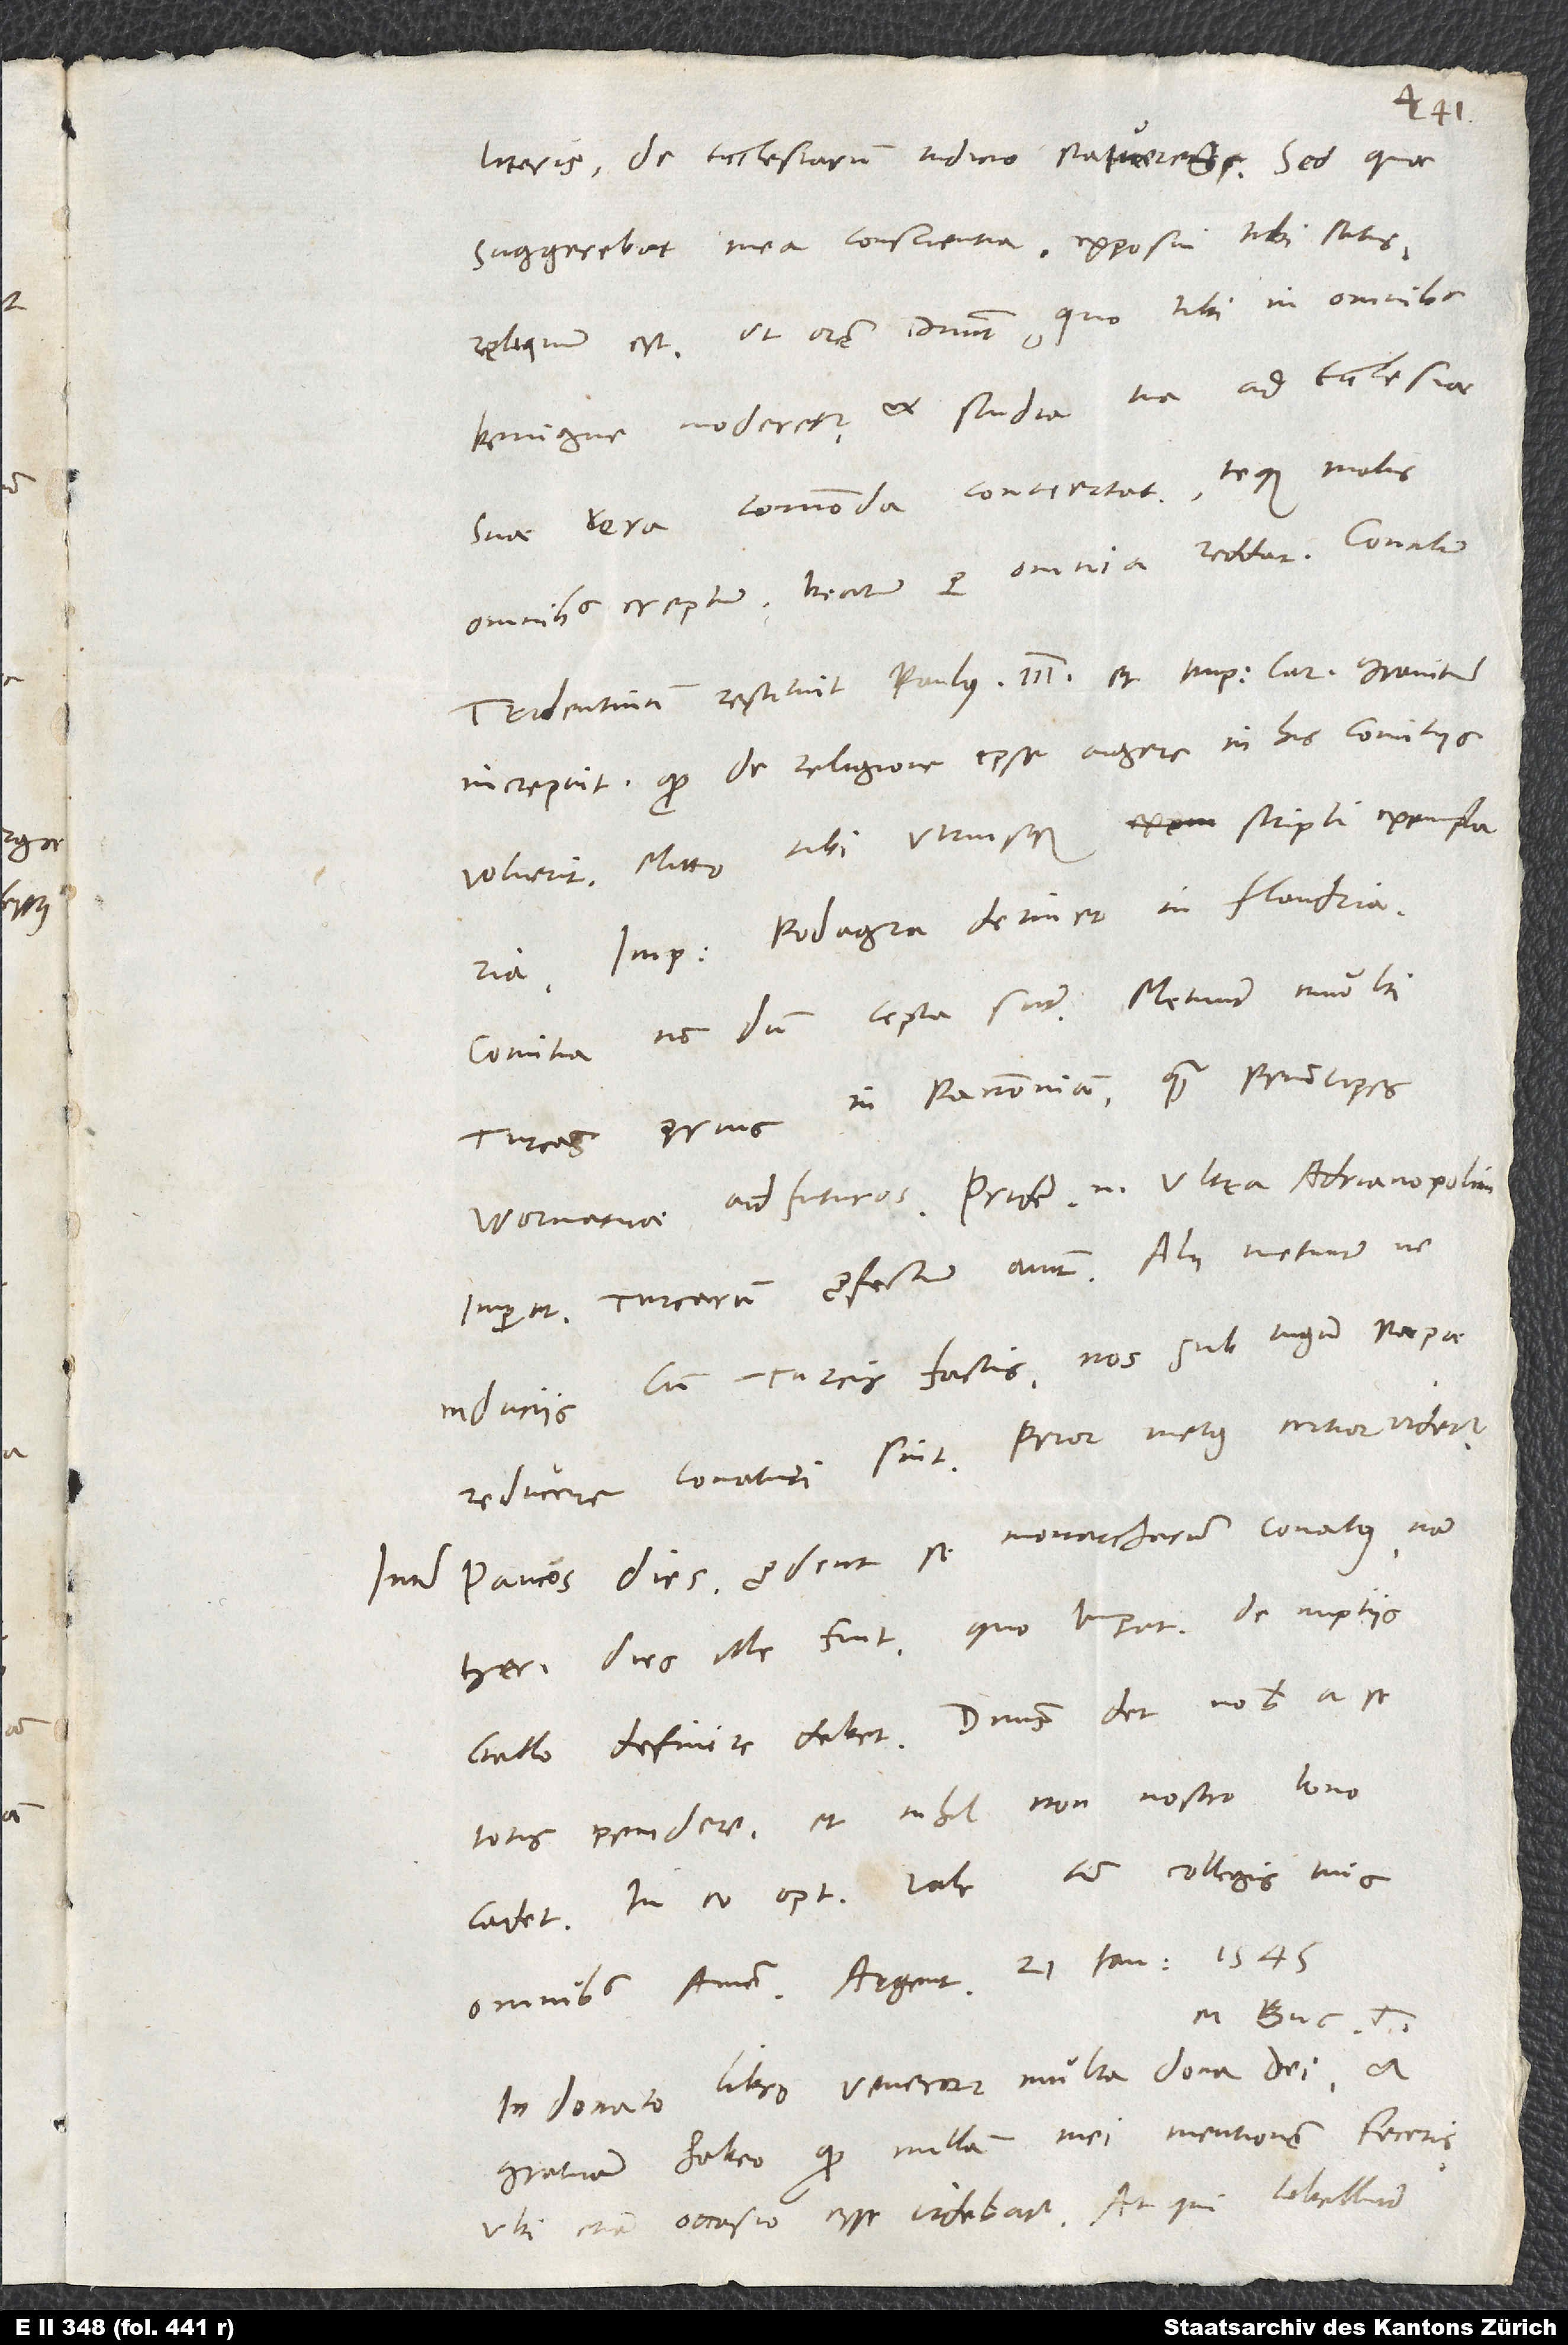
literis de ecclesiarum iudicio statueres! Sed quae
suggerebat mea conscientia, exposui tibi satis;
reliquum est, ut orem dominum, quo tibi in omnibus
benigne moderetur et studia tua ad ecclesiae
suae vera commoda convertat teque, malis
omnibus ereptum, beatum per omnia reddat.
Tridentinum restituit Paulus III., et imperatorem Carolum graviter
increpuit, quod de religione ipse agere in his comitiis
voluerit; mitto tibi utriusque scripti exemplaria.
Imperatorem podagra detinet in Flandria.
Comitia nondum cepta sunt. Metuunt multi
Turcas prius in Pannoniam quam principes
Wormatiae adfuturos; pridem enim ultra Adrianopolim
imperatorem Turcarum profectum aiunt. Alii metuunt, ne
induciis cum Turcis factis nos sub iugum papae
reducere conaturi sint. Prior metus certior videtur.
Inter paucos dies prodent se monarcharum conatus; nam
heri dies ille fuit, quo imperator de nuptiis
totos pendere, et nihil non nostro bono
cadet. In eo optime vale cum collegis tuis
In donato libro veneror multa dona dei et
gratiam habeo, quod nullam mei mentionem feceris,
ubi etiam occasio esse videbatur. Atqui libellumZvinglii